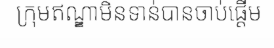
ក្រុមឥណ្ឌាមិនទាន់បានចាប់ផ្តើម